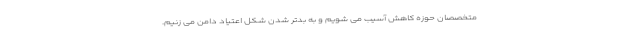
متخصصان حوزه کاهش آسیب می شویم و به بدتر شدن شکل اعتیاد دامن می زنیم.